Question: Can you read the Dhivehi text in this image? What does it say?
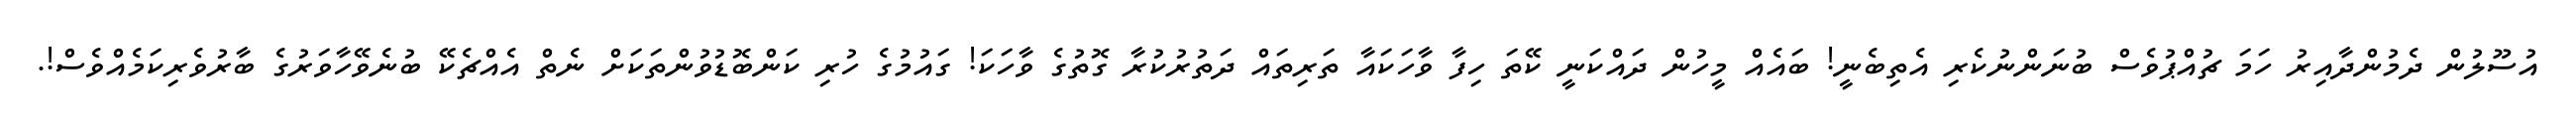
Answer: އުސޫލުން ދެމުންދާއިރު ހަމަ ޗުއްޕުވެސް ބުނަންނުކެރި އެތިބެނީ! ބައެއް މީހުން ދައްކަނީ ކޭތަ ހިފާ ވާހަކައާ ތަރިތައް ދަތުރުކުރާ ގޮތުގެ ވާހަކަ! ގައުމުގެ ހުރި ކަންބޮޑުވުންތަކަށް ނެތް އެއްޗެކޭ ބުނެވޭހާވަރުގެ ބާރުވެރިކަމެއްވެސް!.